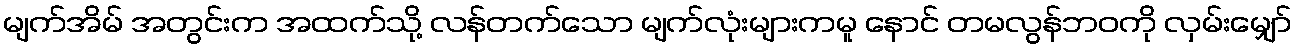
မျက်အိမ် အတွင်းက အထက်သို့ လန်တက်သော မျက်လုံးများကမူ နောင် တမလွန်ဘဝကို လှမ်းမျှော်